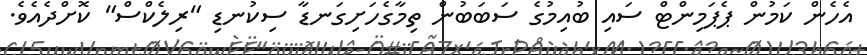
އެހެން ކަމުން ޕެޕަމިންޓް ސައި ބުއިމުގެ ސަބަބުން ތިމާގެހަށިގަނޑާ ސިކުނޑި "ރިލެކްސް" ކޮށްދެއެވެ.